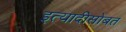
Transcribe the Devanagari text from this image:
इत्यादीसोबत